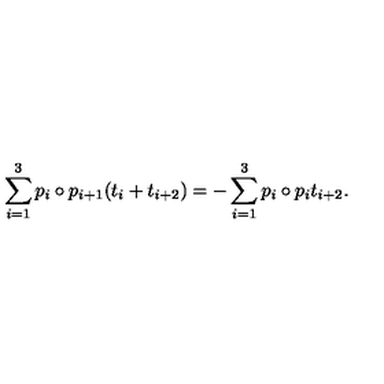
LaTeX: \sum _ { i = 1 } ^ { 3 } p _ { i } \circ p _ { i + 1 } ( t _ { i } + t _ { i + 2 } ) = - \sum _ { i = 1 } ^ { 3 } p _ { i } \circ p _ { i } t _ { i + 2 } .